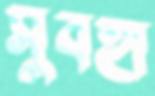
সুবহা